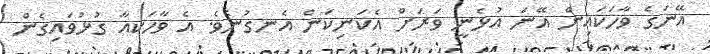
އޭނަގެ ވާހަކައިން އޭނަ އުޅެނީ ވަރަށް އެކަނިކަން އެނގުނެވެ. އެ ވާހަކއާ ގުޅުވައިގެން